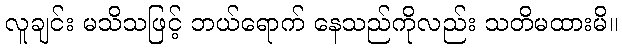
လူချင်း မသိသဖြင့် ဘယ်ရောက် နေသည်ကိုလည်း သတိမထားမိ။